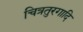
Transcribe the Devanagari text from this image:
चित्रतुरगादि